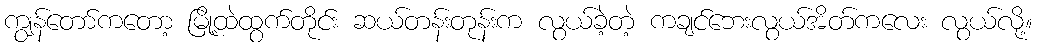
ကျွန်တော်ကတော့ မြို့ထဲထွက်တိုင်း ဆယ်တန်းတုန်းက လွယ်ခဲ့တဲ့ ကချင်ဘေးလွယ်အိတ်ကလေး လွယ်လို့။